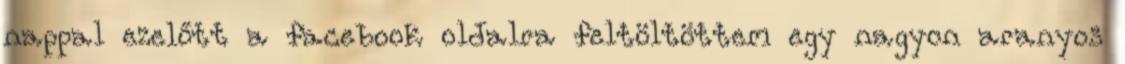
nappal ezelőtt a facebook oldalra feltöltöttem egy nagyon aranyos